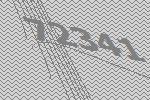
72341